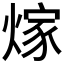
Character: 𮳵